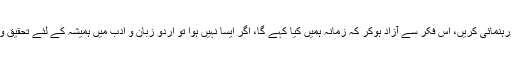
آج ضرورت اس بات کی ہے کہ ہمارے باصلاحیت اساتذہ سامنے آئیں اور نئی نسلوں کی صحیح رہنمائی کریں، اِس فکر سے آزاد ہوکر کہ زمانہ ہمیں کیا کہے گا، اگر ایسا نہیں ہوا تو اُردو زبان و ادب میں ہمیشہ کے لئے تحقیق و تنقید کا دروازہ بند ہوجائے گا، جس کی شروعات 21 ویں صدی کے ابتداء سے ہی ہوچکی ہے۔